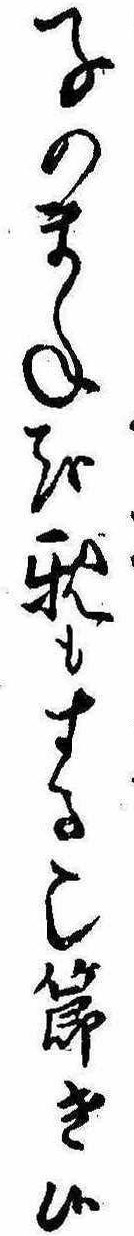
子のまねを親もする也節き候